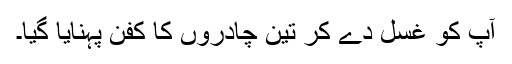
آپ کو غسل دے کر تین چادروں کا کفن پہنایا گیا۔